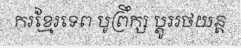
ករខ្មែរទេព បូព្រឹក្ស ប្តូររថយន្ត